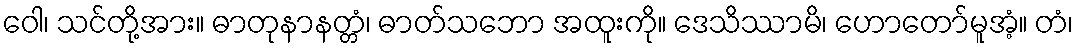
ဝေါ၊ သင်တို့အား။ ဓာတုနာနတ္တံ၊ ဓာတ်သဘော အထူးကို။ ဒေသိဿာမိ၊ ဟောတော်မူအံ့။ တံ၊